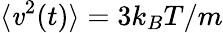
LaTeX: \langle\mathit{v}^{2}(t)\rangle=3k_{B}T/m